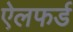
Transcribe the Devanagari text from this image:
ऐलफर्ड